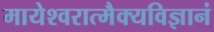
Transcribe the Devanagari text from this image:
मायेश्वरात्मैक्यविज्ञानं